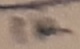
Text: 1K